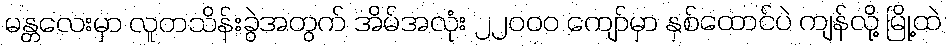
မန္တလေးမှာ လူတသိန်းခွဲအတွက် အိမ်အလုံး ၂၂၀၀၀ ကျော်မှာ နှစ်ထောင်ပဲ ကျန်လို့ မြို့ထဲ